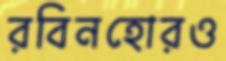
রবিনহোরও